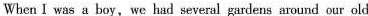
When I was a boy, we had several gardens around our old